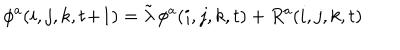
\phi ^ { a } ( i , j , k , t \! + \! 1 ) = \tilde { \lambda } \, \phi ^ { a } ( i , j , k , t ) + R ^ { a } ( i , j , k , t )